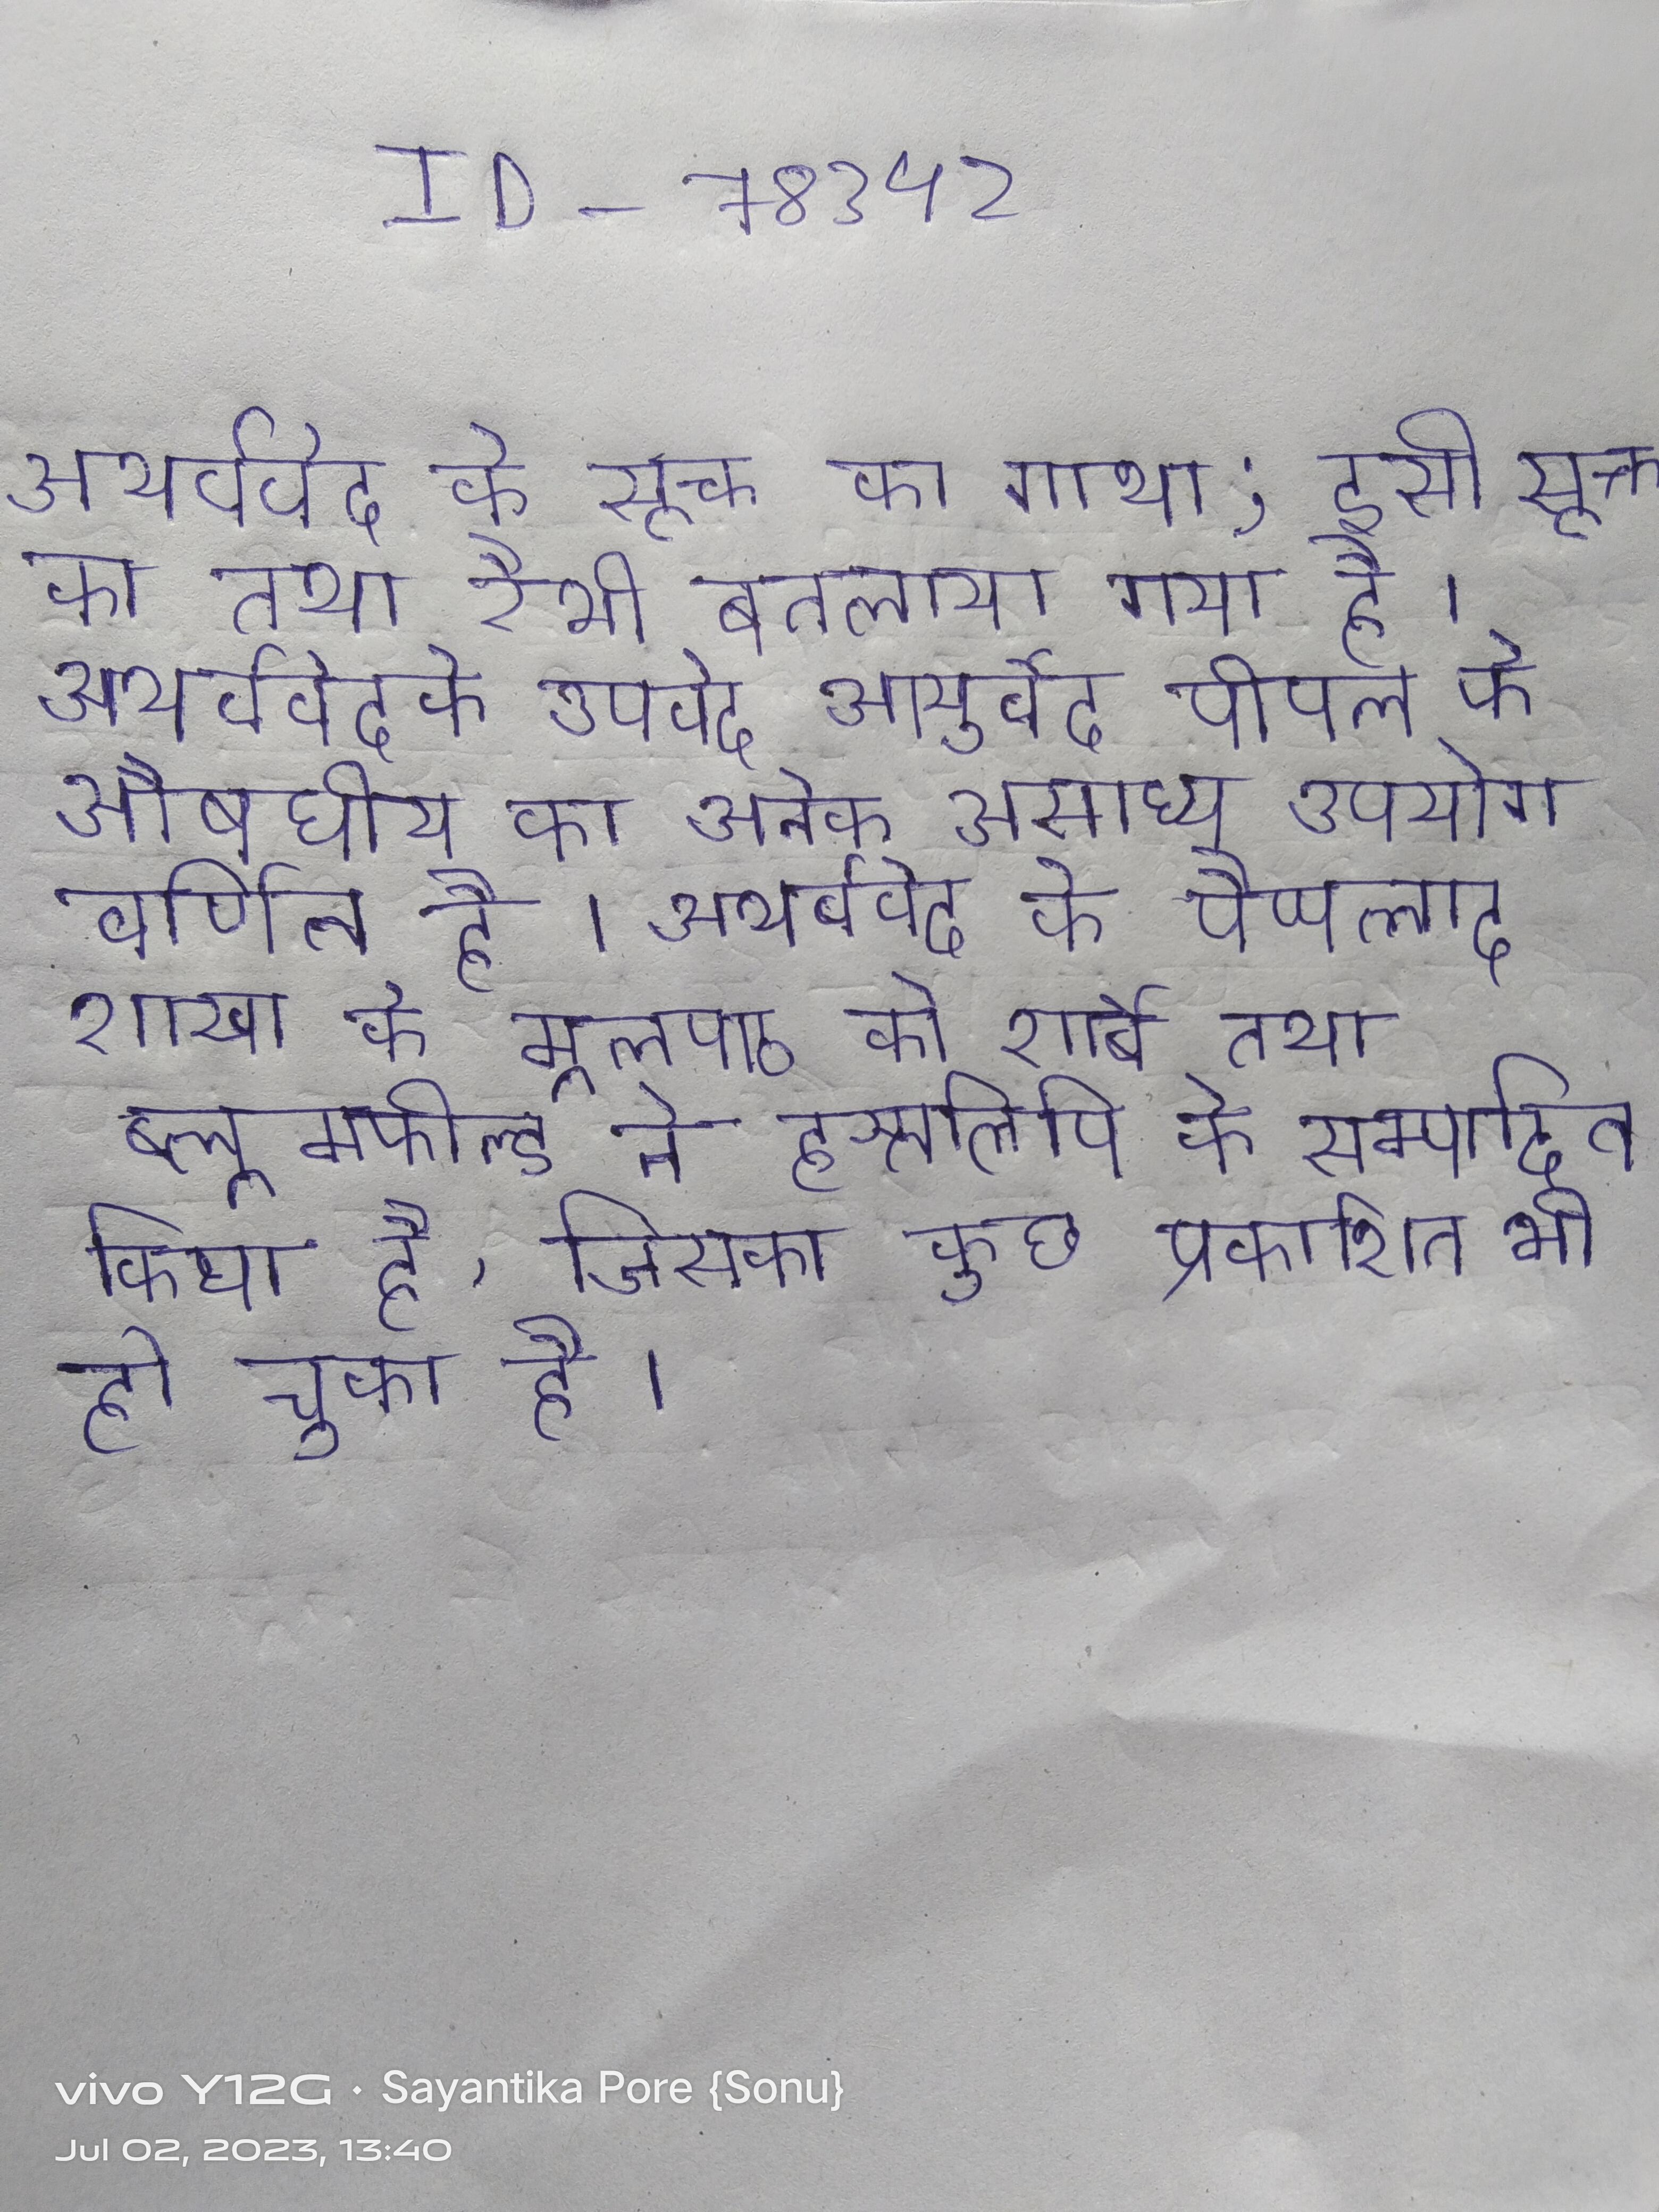
अथर्ववेद के सूक्त का गाथा; इसी सूक्त का तथा रैभी बतलाया गया है । अथर्ववेदके उपवेद आयुर्वेद पीपल के औषधीय का अनेक असाध्य उपयोग वर्णित है । अथर्ववेद के पैप्पलाद शाखा के मूलपाठ को शार्बे तथा ब्लूमफील्ड ने हस्तलिपि के सम्पादित किया है, जिसका कुछ प्रकाशित भी हो चुका है ।